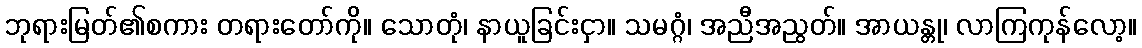
ဘုရားမြတ်၏စကား တရားတော်ကို။ သောတုံ၊ နာယူခြင်းငှာ။ သမဂ္ဂံ၊ အညီအညွတ်။ အာယန္တု၊ လာကြကုန်လော့။